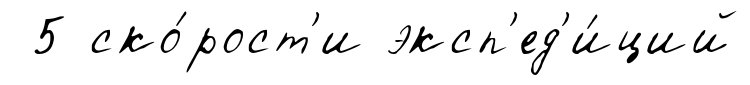
5 ско́рост'и эксп'ед'и́ций